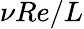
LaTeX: \nu Re/L